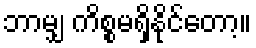
ဘာမျှ ကိစ္စမရှိနိုင်တော့။